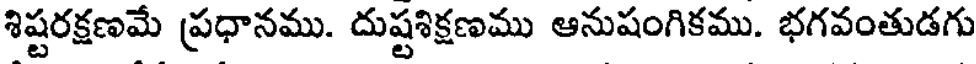
శిష్టరక్షణమే ప్రధానము. దుష్టశిక్షణము ఆనుషంగికము. భగవంతుడగు